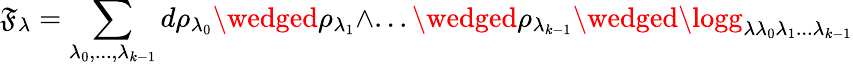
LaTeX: \mathfrak{F}_{\lambda}=\sum_{\lambda_{0},...,\lambda_{k-1}}d\rho_{\lambda_{0}}\wedged\rho_{\lambda_{1}}\wedge...\wedged\rho_{\lambda_{k-1}}\wedged\logg_{\lambda\lambda_{0}\lambda_{1}...\lambda_{k-1}}